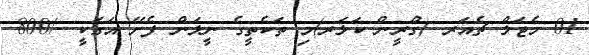
01 މެޓަލް ޗެއަރ (ގްރީން ކަލަރ)މި ތަކެތީގެ ނީލަން ފެށޭ އަގަކީ -/800